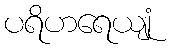
ပရိဟရေယျုံ